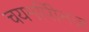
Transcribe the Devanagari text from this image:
चयमपीिनज़